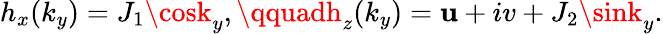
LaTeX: h_{x}(k_{y})=J_{1}\cosk_{y},\qquadh_{z}(k_{y})=\mathbf{u}+iv+J_{2}\sink_{y}.